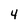
Character: 4